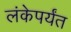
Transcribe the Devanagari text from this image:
लंकेपर्यंत